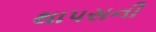
થાપસની